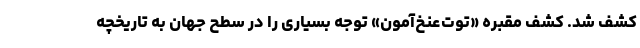
کشف شد. کشف مقبره «توت‌عنخ‌آمون» توجه بسیاری را در سطح جهان به تاریخچه